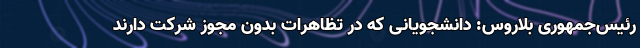
رئیس‌جمهوری بلاروس: دانشجویانی که در تظاهرات بدون مجوز شرکت دارند